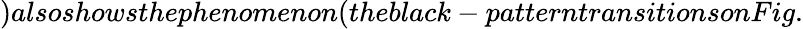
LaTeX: )alsoshowsthephenomenon(theblack-patterntransitionsonFig.